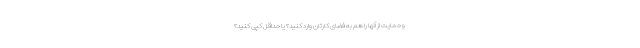
و حمایت از آنها را هم به فضای کارتان وارد کنید؟ یا حداقل کپی کنید؟